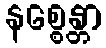
နစ္စေန္တာ